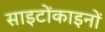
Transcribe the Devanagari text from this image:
साइटोंकाइनों